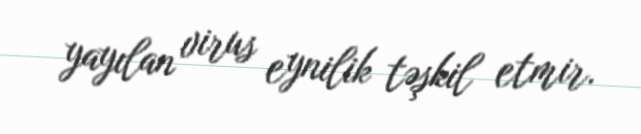
yayılan virus eynilik təşkil etmir.